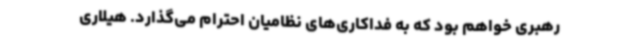
رهبری خواهم بود که به فداکاری‌های نظامیان احترام می‌گذارد. هیلاری